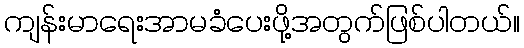
ကျန်းမာရေးအာမခံပေးဖို့အတွက်ဖြစ်ပါတယ်။